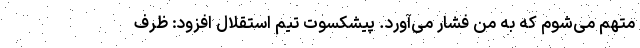
متهم می‌شوم که به من فشار می‌آورد. پیشکسوت تیم استقلال افزود: ظرف